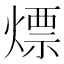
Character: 熛